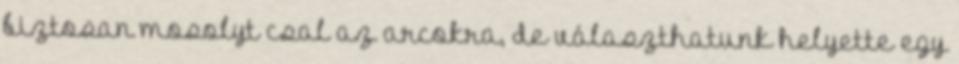
biztosan mosolyt csal az arcokra, de választhatunk helyette egy